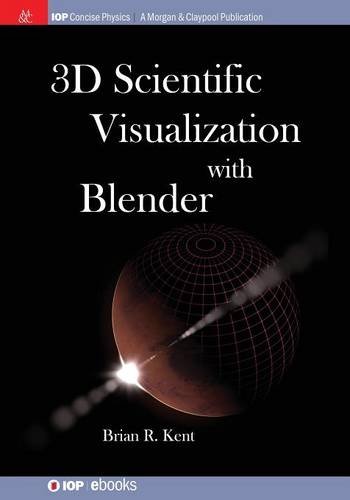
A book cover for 3D Scientific Visualization with Blender (IOP Concise Physics: A Morgan & Claypool Publication); Brian R. Kent; Science & Math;